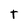
Character: t